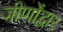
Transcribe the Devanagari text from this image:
जीर्णोंद्वार